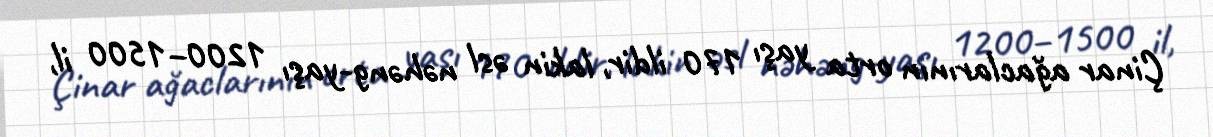
Çinar ağaclarının orta yaşı 170 ildir, lakin əsl nəhəng-yaşı 1200–1500 il,